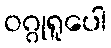
ဝဂ္ဂုရူပေါ